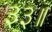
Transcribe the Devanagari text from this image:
३३॥